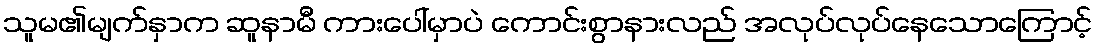
သူမ၏မျက်နှာက ဆူနာမီ ကားပေါ်မှာပဲ ကောင်းစွာနားလည် အလုပ်လုပ်နေသောကြောင့်